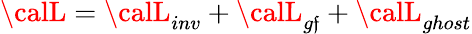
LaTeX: {\calL}={\calL}_{inv}+{\calL}_{g\mathfrak{f}}+{\calL}_{ghost}